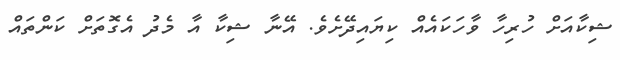
ޝިކާއަށް ހުރިހާ ވާހަކައެއް ކިޔައިދޭށެވެ. އޭނާ ޝިކާ އާ މެދު އެގޮތަށް ކަންތައް